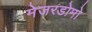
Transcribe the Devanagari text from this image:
मेजरडोमो